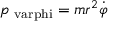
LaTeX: p _ { \mathrm { \ v a r p h i } } = m r ^ { 2 } { \dot { \varphi } }